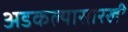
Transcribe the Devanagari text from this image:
अडकल्यासारखी